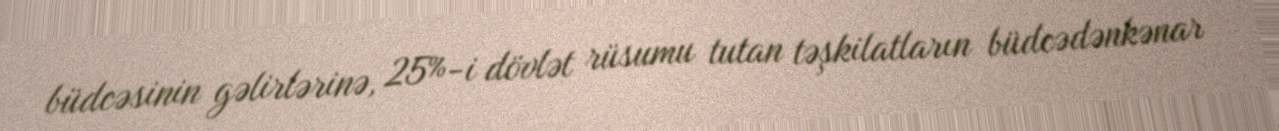
büdcəsinin gəlirlərinə, 25%-i dövlət rüsumu tutan təşkilatların büdcədənkənar